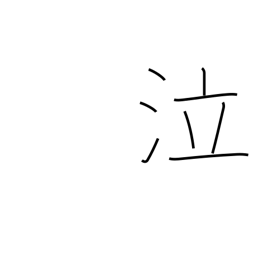
Meaning: weep